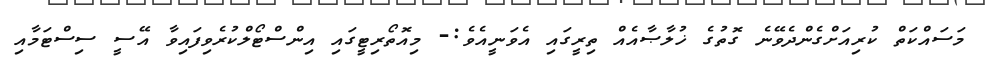
މަސައްކަތް ކުރިއަށްގެންދެވޭނެ ގޮތުގެ ޚުލާޞާއެއް ތިރީގައި އެވަނީއެވެ:- މިއޮތޯރިޓީގައި އިންސްޓޯލްކުރެވިފައިވާ އޭސީ ސިސްޓަމާއި